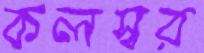
কলস্বর